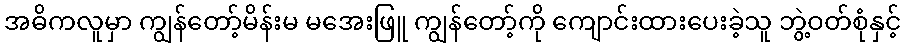
အဓိကလူမှာ ကျွန်တော့်မိန်းမ မအေးဖြူ ကျွန်တော့်ကို ကျောင်းထားပေးခဲ့သူ ဘွဲ့ဝတ်စုံနှင့်